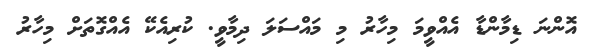
އޮންނަ ޑިމާންޑާ އެއްވީމަ މިހާރު މި މައްސަލަ ދިމާވީ. ކުރިއެކޭ އެއްގޮތަށް މިހާރު